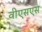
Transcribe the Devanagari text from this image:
वीएसएस